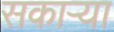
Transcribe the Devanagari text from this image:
सकाऱ्या